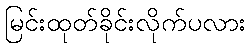
မြင်းထုတ်ခိုင်းလိုက်ပလား